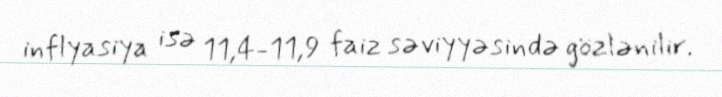
inflyasiya isə 11,4-11,9 faiz səviyyəsində gözlənilir.